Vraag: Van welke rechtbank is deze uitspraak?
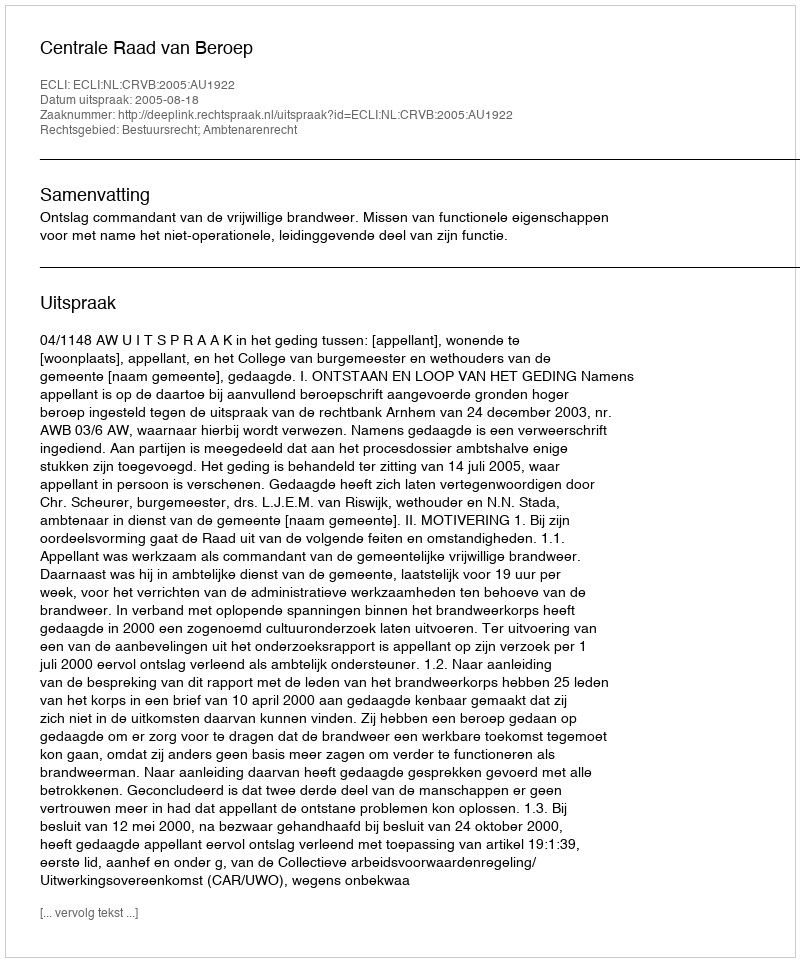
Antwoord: Centrale Raad van Beroep